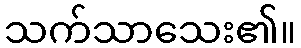
သက်သာသေး၏။